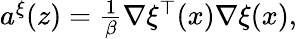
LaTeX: \begin{array}{r}{a^{\xi}(z)=\frac{1}{\beta}\nabla\xi^{\top}(x)\nabla\xi(x),}\end{array}